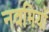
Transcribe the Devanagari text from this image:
नवमियों